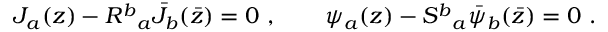
J _ { a } ( z ) - { R ^ { b } } _ { a } { \bar { J } } _ { b } ( \bar { z } ) = 0 ~ , \qquad \psi _ { a } ( z ) - { S ^ { b } } _ { a } { \bar { \psi } } _ { b } ( \bar { z } ) = 0 ~ .